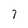
Character: 7